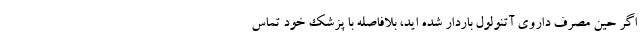
اگر حین مصرف داروی آتنولول باردار شده اید، بلافاصله با پزشک خود تماس